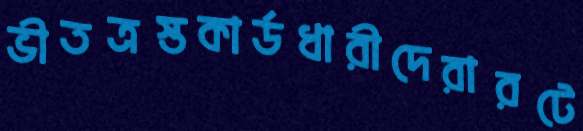
ভীতত্রস্তকার্ডধারীদেরারটে